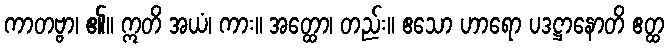
ကာတဗ္ဗာ၊ ၏။ ဣတိ အယံ၊ ကား။ အတ္ထော၊ တည်း။ ဧသော ဟာရော ပဒဋ္ဌာနောတိ ဧတ္ထ